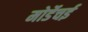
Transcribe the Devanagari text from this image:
मोर्डेचई